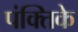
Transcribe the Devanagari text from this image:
पंक्तिके